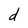
Character: d